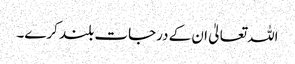
اللہ تعالیٰ ان کے درجات بلند کرے۔